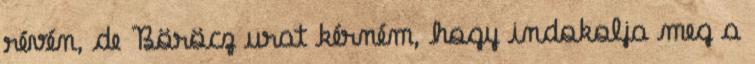
révén, de Böröcz urat kérném, hogy indokolja meg a